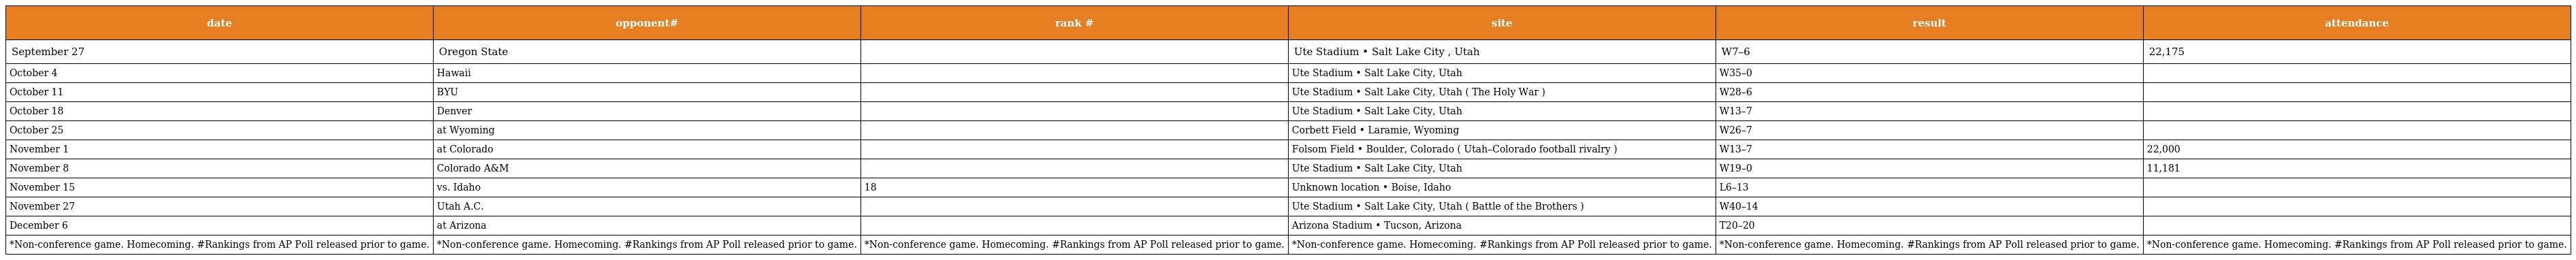
| date | opponent# | rank # | site | result | attendance |
 | --- | --- | --- | --- | --- | --- |
 | September 27 | Oregon State |  | Ute Stadium • Salt Lake City , Utah | W7–6 | 22,175 |
 | October 4 | Hawaii |  | Ute Stadium • Salt Lake City, Utah | W35–0 |  |
 | October 11 | BYU |  | Ute Stadium • Salt Lake City, Utah ( The Holy War ) | W28–6 |  |
 | October 18 | Denver |  | Ute Stadium • Salt Lake City, Utah | W13–7 |  |
 | October 25 | at Wyoming |  | Corbett Field • Laramie, Wyoming | W26–7 |  |
 | November 1 | at Colorado |  | Folsom Field • Boulder, Colorado ( Utah–Colorado football rivalry ) | W13–7 | 22,000 |
 | November 8 | Colorado A&M |  | Ute Stadium • Salt Lake City, Utah | W19–0 | 11,181 |
 | November 15 | vs. Idaho | 18 | Unknown location • Boise, Idaho | L6–13 |  |
 | November 27 | Utah A.C. |  | Ute Stadium • Salt Lake City, Utah ( Battle of the Brothers ) | W40–14 |  |
 | December 6 | at Arizona |  | Arizona Stadium • Tucson, Arizona | T20–20 |  |
 | *Non-conference game. Homecoming. #Rankings from AP Poll released prior to game. | *Non-conference game. Homecoming. #Rankings from AP Poll released prior to game. | *Non-conference game. Homecoming. #Rankings from AP Poll released prior to game. | *Non-conference game. Homecoming. #Rankings from AP Poll released prior to game. | *Non-conference game. Homecoming. #Rankings from AP Poll released prior to game. | *Non-conference game. Homecoming. #Rankings from AP Poll released prior to game. |